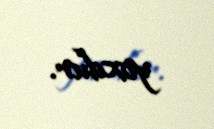
yoxdur.